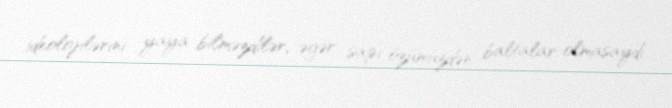
ideolojilərini yaya bilməzdilər, əgər sapı özümüzdən baltalar olmasaydı.